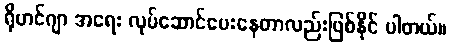
ရိုဟင်ဂျာ အရေး လုပ်ဆောင်ပေးနေတာလည်းဖြစ်နိုင် ပါတယ်။